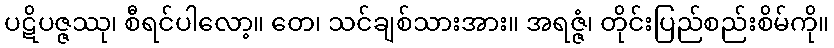
ပဋိပဇ္ဇဿု၊ စီရင်ပါလော့။ တေ၊ သင်ချစ်သားအား။ အရဇ္ဇံ၊ တိုင်းပြည်စည်းစိမ်ကို။